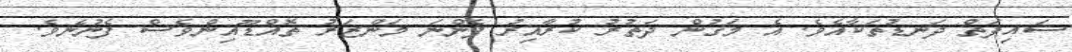
ސައިފަތް ދަނޑުތަކާއެވެ. އެ މަގުން ދަތުުރު ކުރާއިރު ފެންނަ މަންޒަރު ތޮއްޑޫއިންވެސް ފެނުނެވެ.